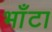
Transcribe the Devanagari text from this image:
भाँटा